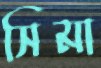
সিমা